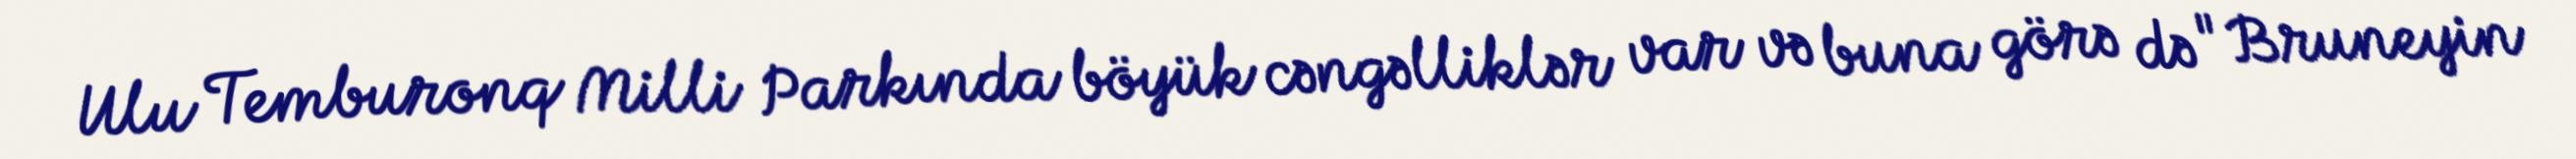
Ulu Temburonq Milli Parkında böyük cəngəlliklər var və buna görə də "Bruneyin